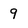
Character: 9